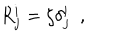
R _ { j } ^ { i } = \zeta \delta _ { j } ^ { i } \ \ ,